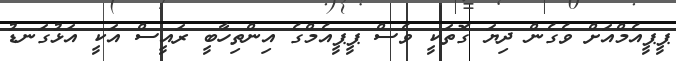
ޕީޕީއެމްއަށް ވެގެން ދިޔަ ގޮތަކީ ވެސް ޕީޕީއެމްގެ އިންތިހާބީ ރައީސް އަކީ އަޅުގަނޑު